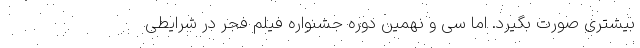
بیشتری صورت بگیرد. اما سی و نهمین دوره جشنواره فیلم فجر در شرایطی